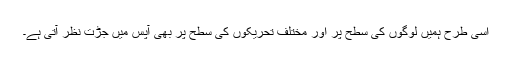
اسی طرح ہمیں لوگوں کی سطح پر اور مختلف تحریکوں کی سطح پر بھی آپس میں جڑت نظر آتی ہے۔